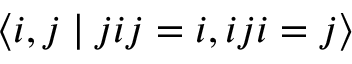
\langle i , j \mid j i j = i , i j i = j \rangle